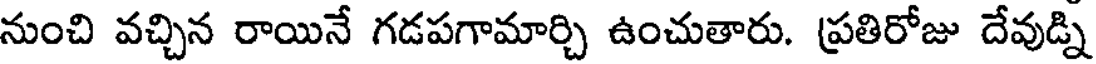
నుంచి వచ్చిన రాయినే గడపగామార్చి ఉంచుతారు. ప్రతిరోజు దేవుడ్ని